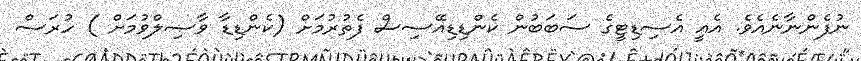
ނުފެންނާނެއެވެ. އެއީ އެސިޑިޓީގެ ސަބަބުން ކެންޑިޑިއޭސިސް ފެތުރުމަށް (ކެންޑިޑާ ވާޞިލްވުމަށް ) ހުރަސް